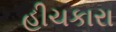
હીચકારા